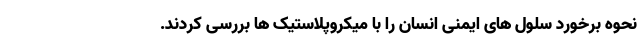
نحوه برخورد سلول های ایمنی انسان را با میکروپلاستیک ها بررسی کردند.